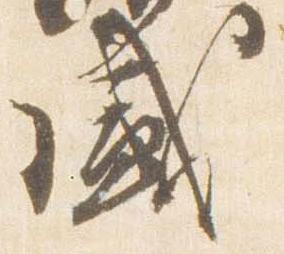
盛